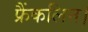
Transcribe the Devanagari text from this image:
फ्रैंकलिन।